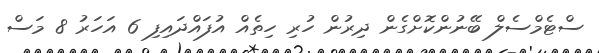
ސްޓެމްސެލް ބޭނުންކޮށްގެން ދިރުން ހުރި ހިތެއް އުފައްދައިފި 6 އަހަރު 8 މަސް